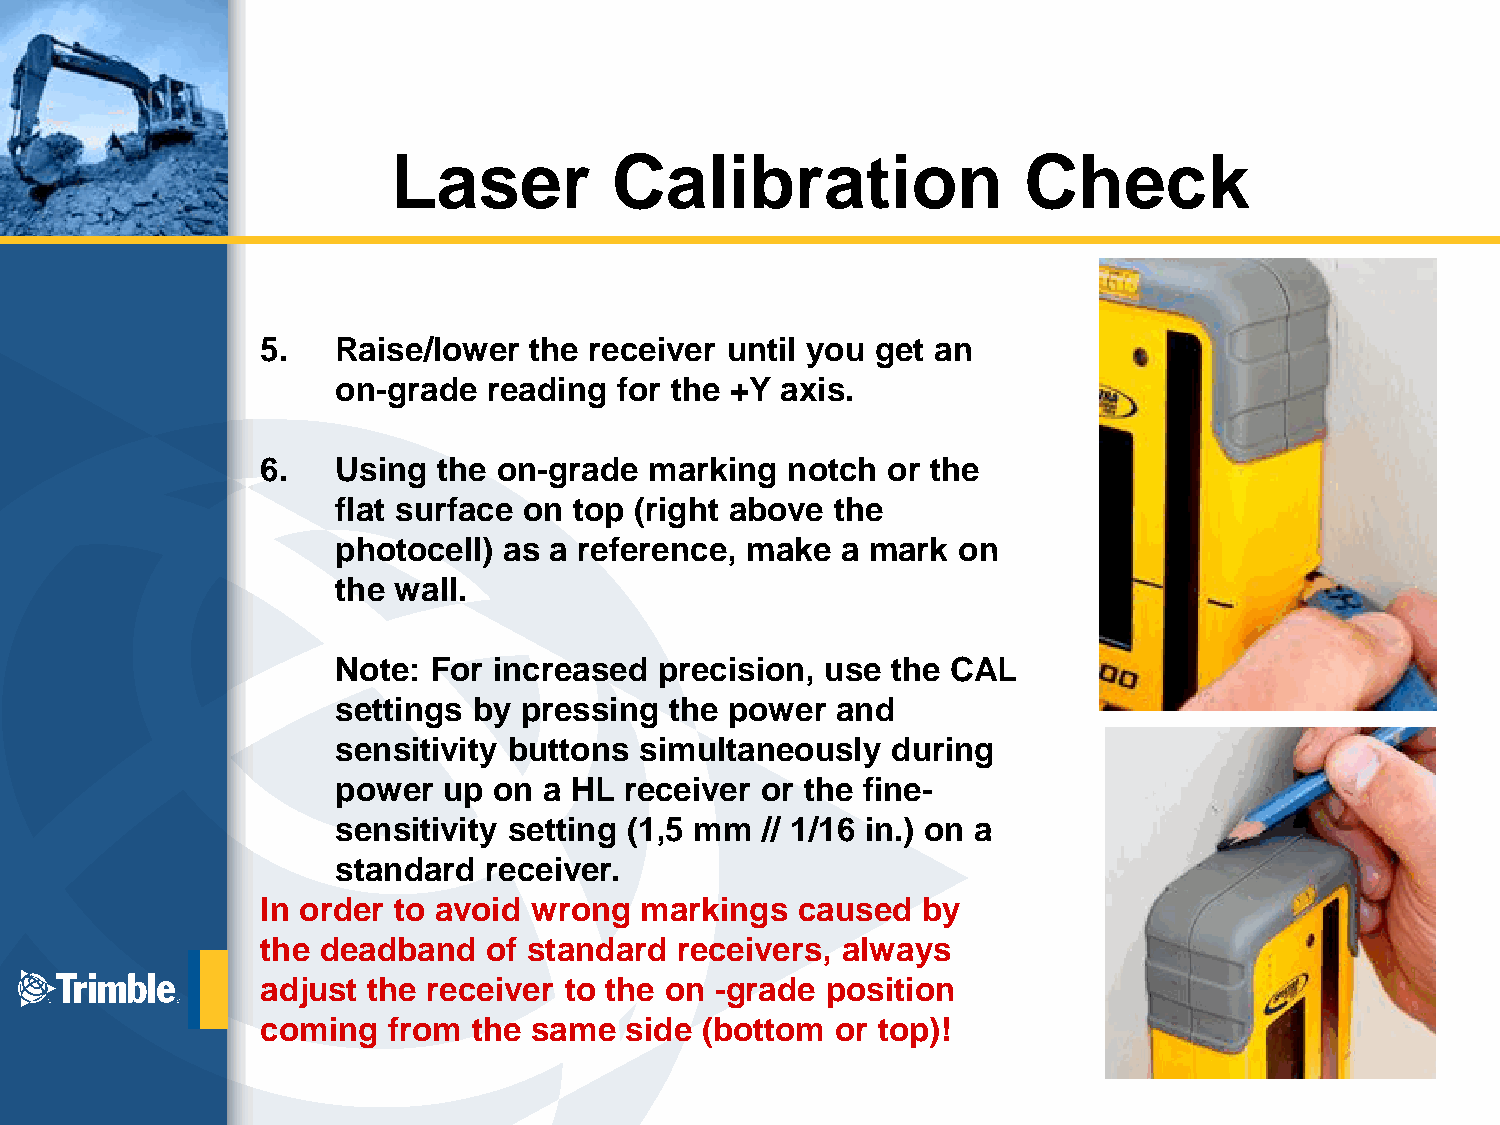
Laser          Calibration                Check
 5.   Raise/lower  the receiver until you get an
 on-grade  reading  for the +Y axis.
 6.   Using  the on-grade  marking  notch  or the
 flat surface on top (right above the
 photocell) as a reference, make   a mark on
 the wall.
 Note: For  increased  precision, use the CAL
 settings by pressing  the power  and
 sensitivity buttons simultaneously   during
 power  up  on a HL receiver or the fine-
 sensitivity setting (1,5 mm // 1/16 in.) on a
 standard  receiver.
 In order to avoid wrong  markings   caused  by
 the deadband   of standard  receivers, always
 adjust the receiver to the on -grade  position
 coming   from the same  side (bottom  or top)!